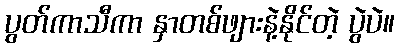
ပွတ်ကာသီကာ နှာတစ်ဖျားနဲ့နိုင်တဲ့ ပွဲပဲ။